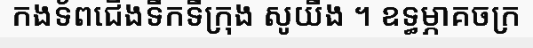
កងទ័ពជើងទឹកទីក្រុង សូយីង ។ ឧទ្ធម្ភាគចក្រ